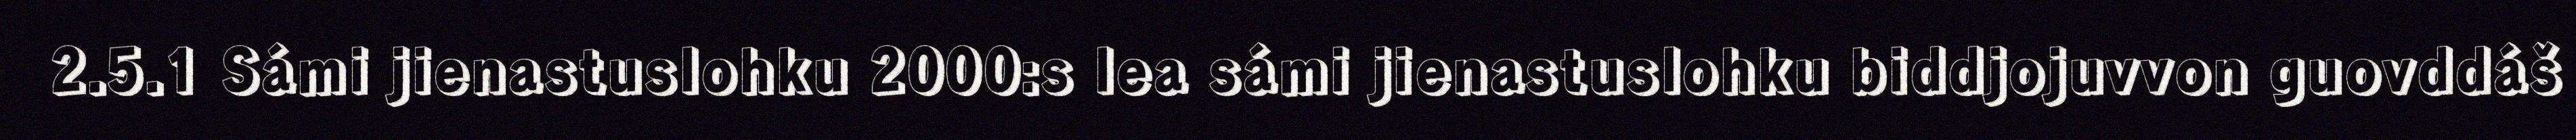
2.5.1 Sámi jienastuslohku 2000:s lea sámi jienastuslohku biddjojuvvon guovddáš